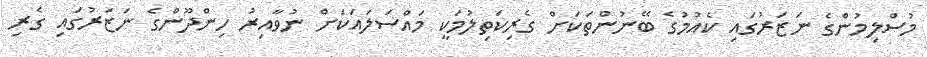
މުސްލިމުންގެ ނަޒަރުގައި ކެއުމުގެ ބޭނުންތަކަށް ގެރިކަތިލުމަކީ މައްސަލައަކަށް ނުވާއިރު ހިންދޫންގެ ނަޒަރުގައި ގެރި